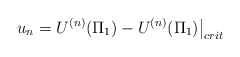
\begin{align*}\left.u_n = U^{(n)}(\Pi_1) - U^{(n)}(\Pi_1)\right|_{crit}\end{align*}